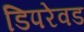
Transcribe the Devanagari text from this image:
डिपरेवड